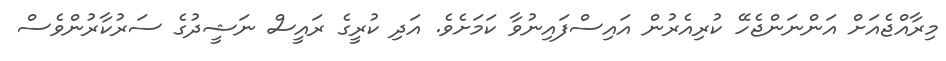
މިރާއްޖެއަށް އަންނަންޖެހޭ ކުރިއެރުން އައިސްފައިނުވާ ކަމަށެވެ. އަދި ކުރީގެ ރައީސް ނަޝީދުގެ ސަރުކާރުންވެސް